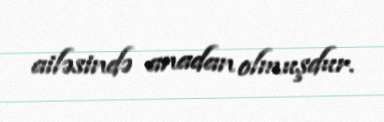
ailəsində anadan olmuşdur.